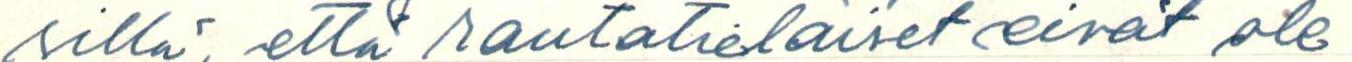
sillä, että rautatieläiset eivät ole